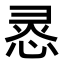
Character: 𭝊